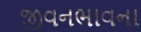
જીવનભાવના